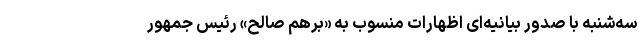
‌سه‌شنبه با صدور بیانیه‌ای اظهارات منسوب به «برهم صالح» رئیس جمهور